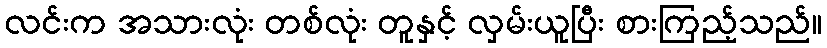
လင်းက အသားလုံး တစ်လုံး တူနှင့် လှမ်းယူပြီး စားကြည့်သည်။